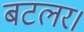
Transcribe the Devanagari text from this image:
बटलर।